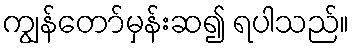
ကျွန်တော်မှန်းဆ၍ ရပါသည်။